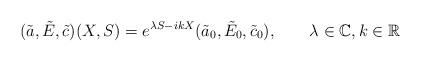
LaTeX: \begin{align*}(\tilde a,\tilde E,\tilde c)(X,S)=e^{\lambda S-ik X}(\tilde a_0,\tilde E_0,\tilde c_0),\qquad\lambda\in\mathbb{C},k\in\mathbb{R}\end{align*}